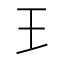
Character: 𤣩